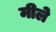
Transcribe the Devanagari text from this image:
मीले